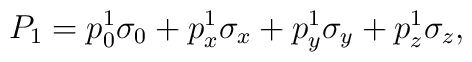
P_{1}=p^{1}_{0}\sigma_{0}+p^{1}_{x}\sigma_{x}+p^{1}_{y}\sigma_{y}+p^{1}_{z}\sigma_{z},